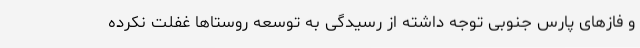
و فازهای پارس جنوبی توجه داشته از رسیدگی به توسعه روستاها غفلت نکرده